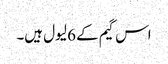
اس گیم کے 6 لیول ہیں۔